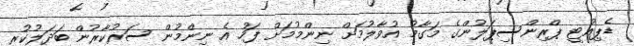
ޑެޕިއުޓީ ޕްރިންސިޕަލުންގެ މަގާމު އުވާލުމަށް ނިންމުމަށް ފަހު އެ ނިންމުން ސަރުކާރުން ބަދަލުކުރީ